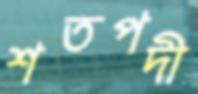
শতপদী